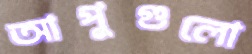
আপুগুলো